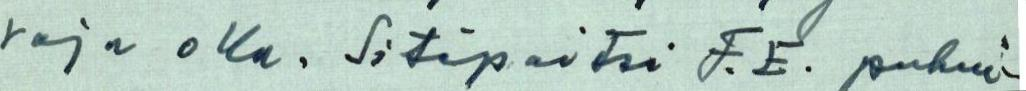
raja olla. Sitäpaitsi F.E. puhui-